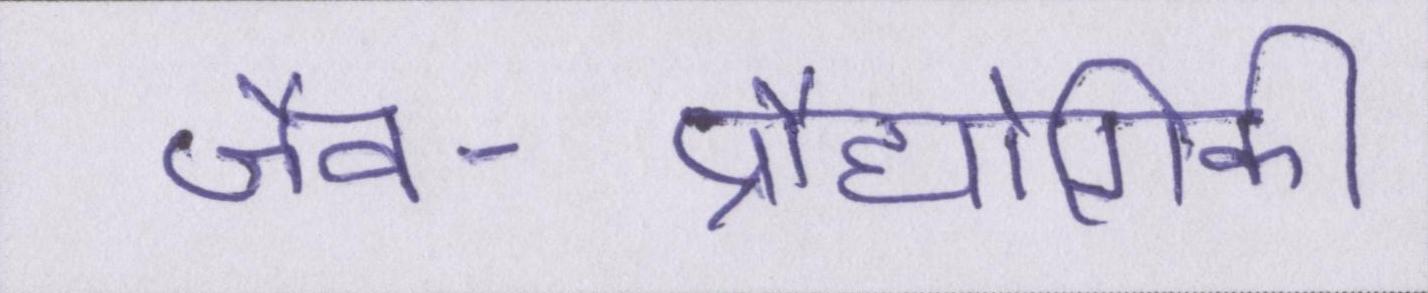
जैव-प्रौद्योगिकी